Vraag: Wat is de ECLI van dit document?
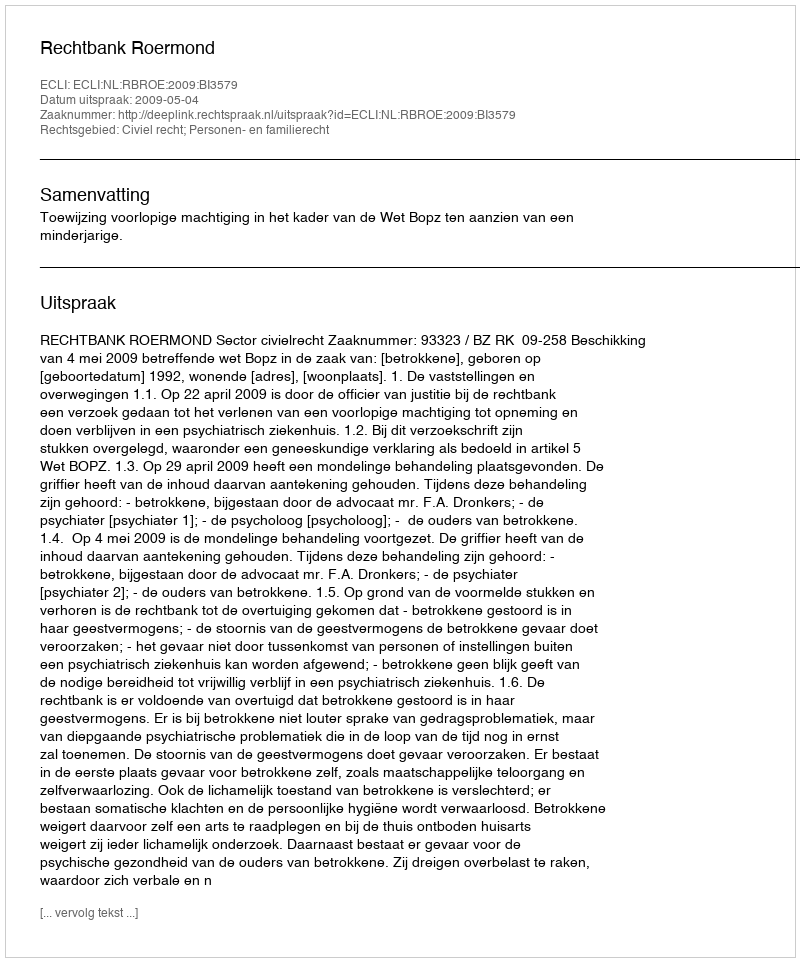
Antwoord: ECLI:NL:RBROE:2009:BI3579